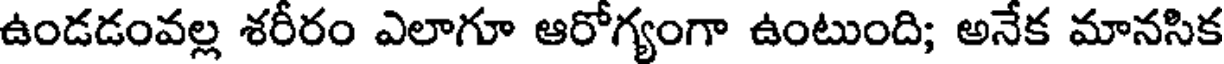
ఉండడంవల్ల శరీరం ఎలాగూ ఆరోగ్యంగా ఉంటుంది; అనేక మానసిక